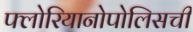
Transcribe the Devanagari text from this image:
फ्लोरियानोपोलिसची